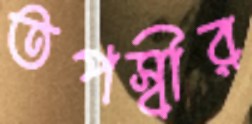
তপস্বীর